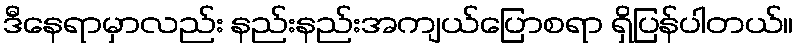
ဒီနေရာမှာလည်း နည်းနည်းအကျယ်ပြောစရာ ရှိပြန်ပါတယ်။